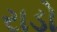
રાડો